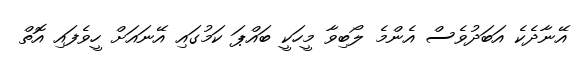
އޭނާދެކެ އަބަދުވެސް އެންމެ ލޯބިވާ މީހަކީ ބައްޕަ ކަމުގައި އޭނައަށް ހީވެފައި އޮތް